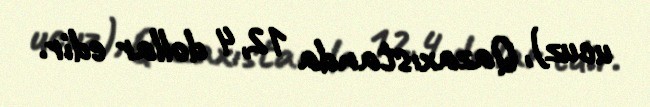
ucuz), Qazaxıstanda 12,4 dollar edir.